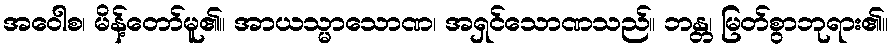
အဝေါစ၊ မိန့်တော်မူ၏။ အာယသ္မာသောဏ၊ အရှင်သောဏသည်။ ဘန္တ၊ မြတ်စွာဘုရား၏။